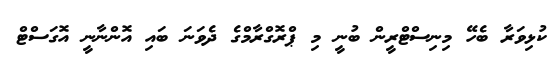
ކުޅިވަރާ ބެހޭ މިނިސްޓްރީން ބުނީ މި ޕްރޮގްރާމްގެ ދެވަނަ ބައި އޮންނާނީ އޮގަސްޓް